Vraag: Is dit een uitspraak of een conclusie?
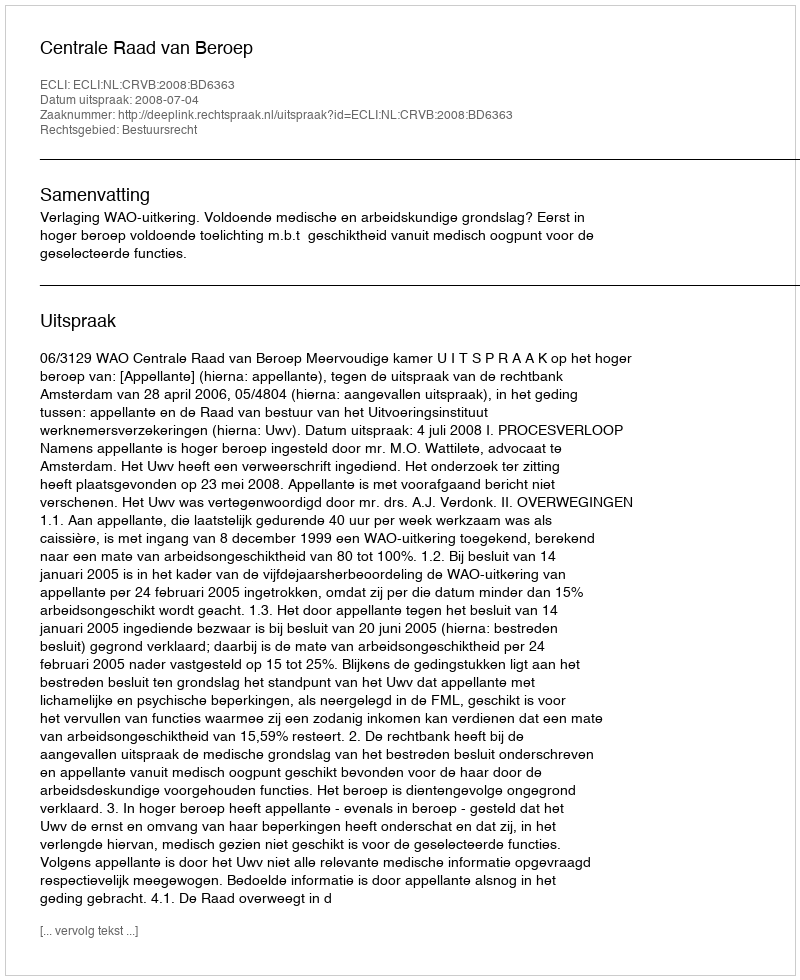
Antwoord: Uitspraak